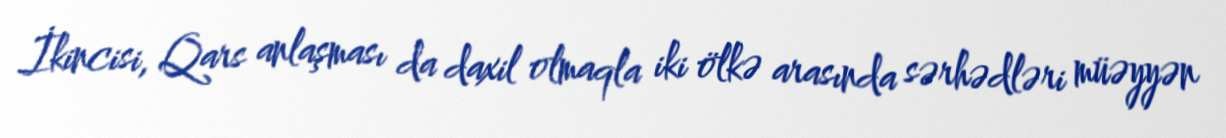
İkincisi, Qars anlaşması da daxil olmaqla iki ölkə arasında sərhədləri müəyyən